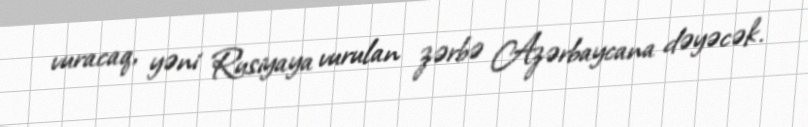
vuracaq, yəni Rusiyaya vurulan zərbə Azərbaycana dəyəcək.